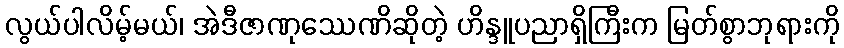
လွယ်ပါလိမ့်မယ်၊ အဲဒီဇာဏုဿေဏိဆိုတဲ့ ဟိန္ဒူပညာရှိကြီးက မြတ်စွာဘုရားကို